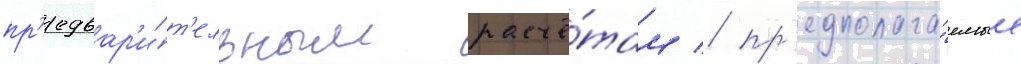
пр'едвар'и́т'ельным расчё́там / пр'едполага́емые